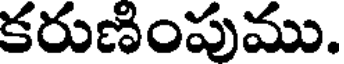
కరుణింపుము.